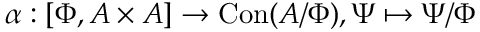
\alpha : \left[ \Phi , A \times A \right] \to \operatorname { C o n } ( A / \Phi ) , \Psi \mapsto \Psi / \Phi